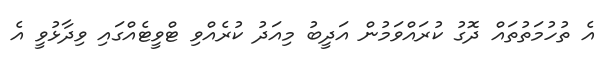
އެ ތުހުމަތުތައް ދޮގު ކުރައްވަމުން އަދީބު މިއަދު ކުރެއްވި ޓްވީޓެއްގައި ވިދާޅުވީ އެ